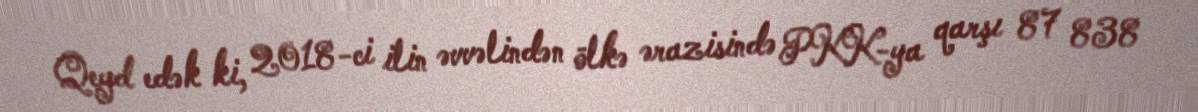
Qeyd edək ki, 2018-ci ilin əvvəlindən ölkə ərazisində PKK-ya qarşı 87 838